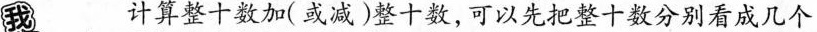
我 计算整十数加(或减)整十数，可以先把整十数分别看成几个